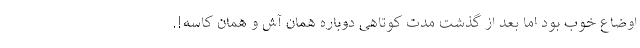
اوضاع خوب بود اما بعد از گذشت مدت کوتاهی دوباره همان آش و همان کاسه!.